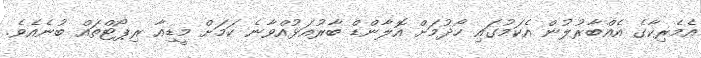
އެމެރިކާގެ އެއްބާރުލުން އެކަމުގައި ހޯދުމަށް އޮލާންޑް ބާރުއަޅުއްވާނެ ކަމަށް މީޑިއާ ރިޕޯޓްތައް ބުނެއެވެ.